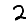
Digit: 2